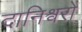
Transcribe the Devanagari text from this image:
दानिश्वरों